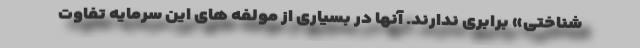
شناختی» برابری ندارند. آنها در بسیاری از مولفه های این سرمایه تفاوت